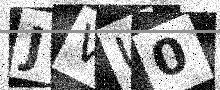
Text: JVU0